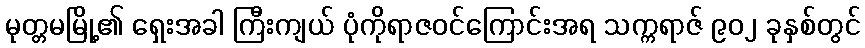
မုတ္တမမြို့၏ ရှေးအခါ ကြီးကျယ် ပုံကိုရာဇဝင်ကြောင်းအရ သက္ကရာဇ် ၉၀၂ ခုနှစ်တွင်